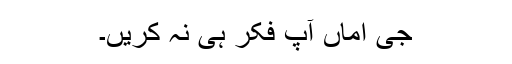
جی اماں آپ فکر ہی نہ کریں۔